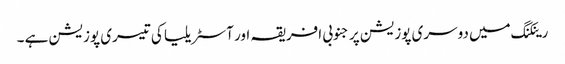
رینکنگ میں دوسری پوزیشن پر جنوبی افریقہ اور آسٹریلیا کی تیسری پوزیشن ہے ۔